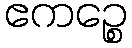
ဧကဉ္စေ